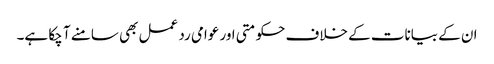
ان کے بیانات کے خلاف حکومتی اور عوامی رد عمل بھی سامنے آ چکا ہے۔